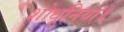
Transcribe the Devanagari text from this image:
शोधूनियां॥